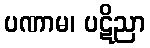
ပဏာမ၊ ပဋိညာ